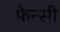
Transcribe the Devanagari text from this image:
फेन्सी